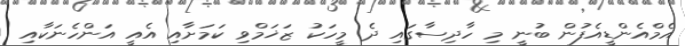
އެމްއެންޑީއެފުން ބުނީ މި ހާދިސާގައި ދެ މީހަކު ޒަޚަމްވި ކަމަށާއި އެއީ އަންހެނަކާއި